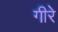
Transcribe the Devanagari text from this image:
गीरे